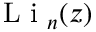
\mathrm { ~ L ~ i ~ } _ { n } ( z )